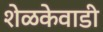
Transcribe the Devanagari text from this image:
शेळकेवाडी